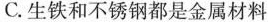
C.生铁和不锈钢都是金属材料